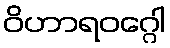
ဝိဟာရဝဂ္ဂေါ